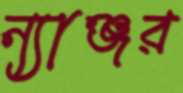
ন্যাঞ্জর